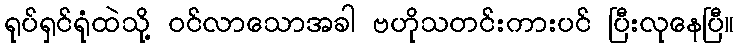
ရုပ်ရှင်ရုံထဲသို့ ဝင်လာသောအခါ ဗဟိုသတင်းကားပင် ပြီးလုနေပြီ။